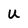
Character: U